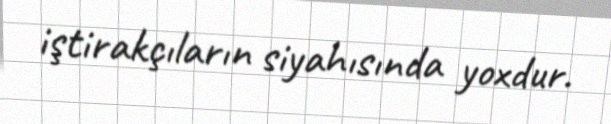
iştirakçıların siyahısında yoxdur.